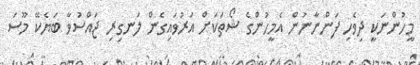
މީހުންނަކީ ދިވެހި ފަންނާނުން އެމީހުންގެ ޝޯތަކަށް އަރުވައިގެން ލަނގިރި ޖައްސުވާ ބަޔެކޭ މޫސަ